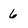
Character: 6